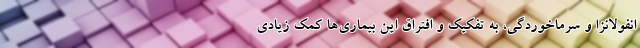
انفولانزا و سرماخوردگی، به تفکیک و افتراق این بیماری‌ها کمک زیادی